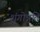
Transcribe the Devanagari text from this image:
शृंगोन्नति